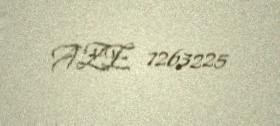
AZE 7263225